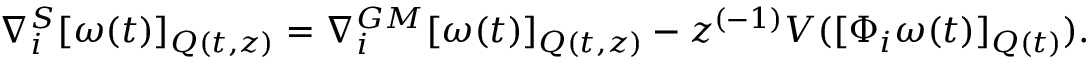
\nabla _ { i } ^ { S } [ \omega ( t ) ] _ { Q ( t , z ) } = \nabla _ { i } ^ { G M } [ \omega ( t ) ] _ { Q ( t , z ) } - z ^ { ( - 1 ) } V ( [ \Phi _ { i } \omega ( t ) ] _ { Q ( t ) } ) .